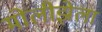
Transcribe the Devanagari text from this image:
मोलीझेला